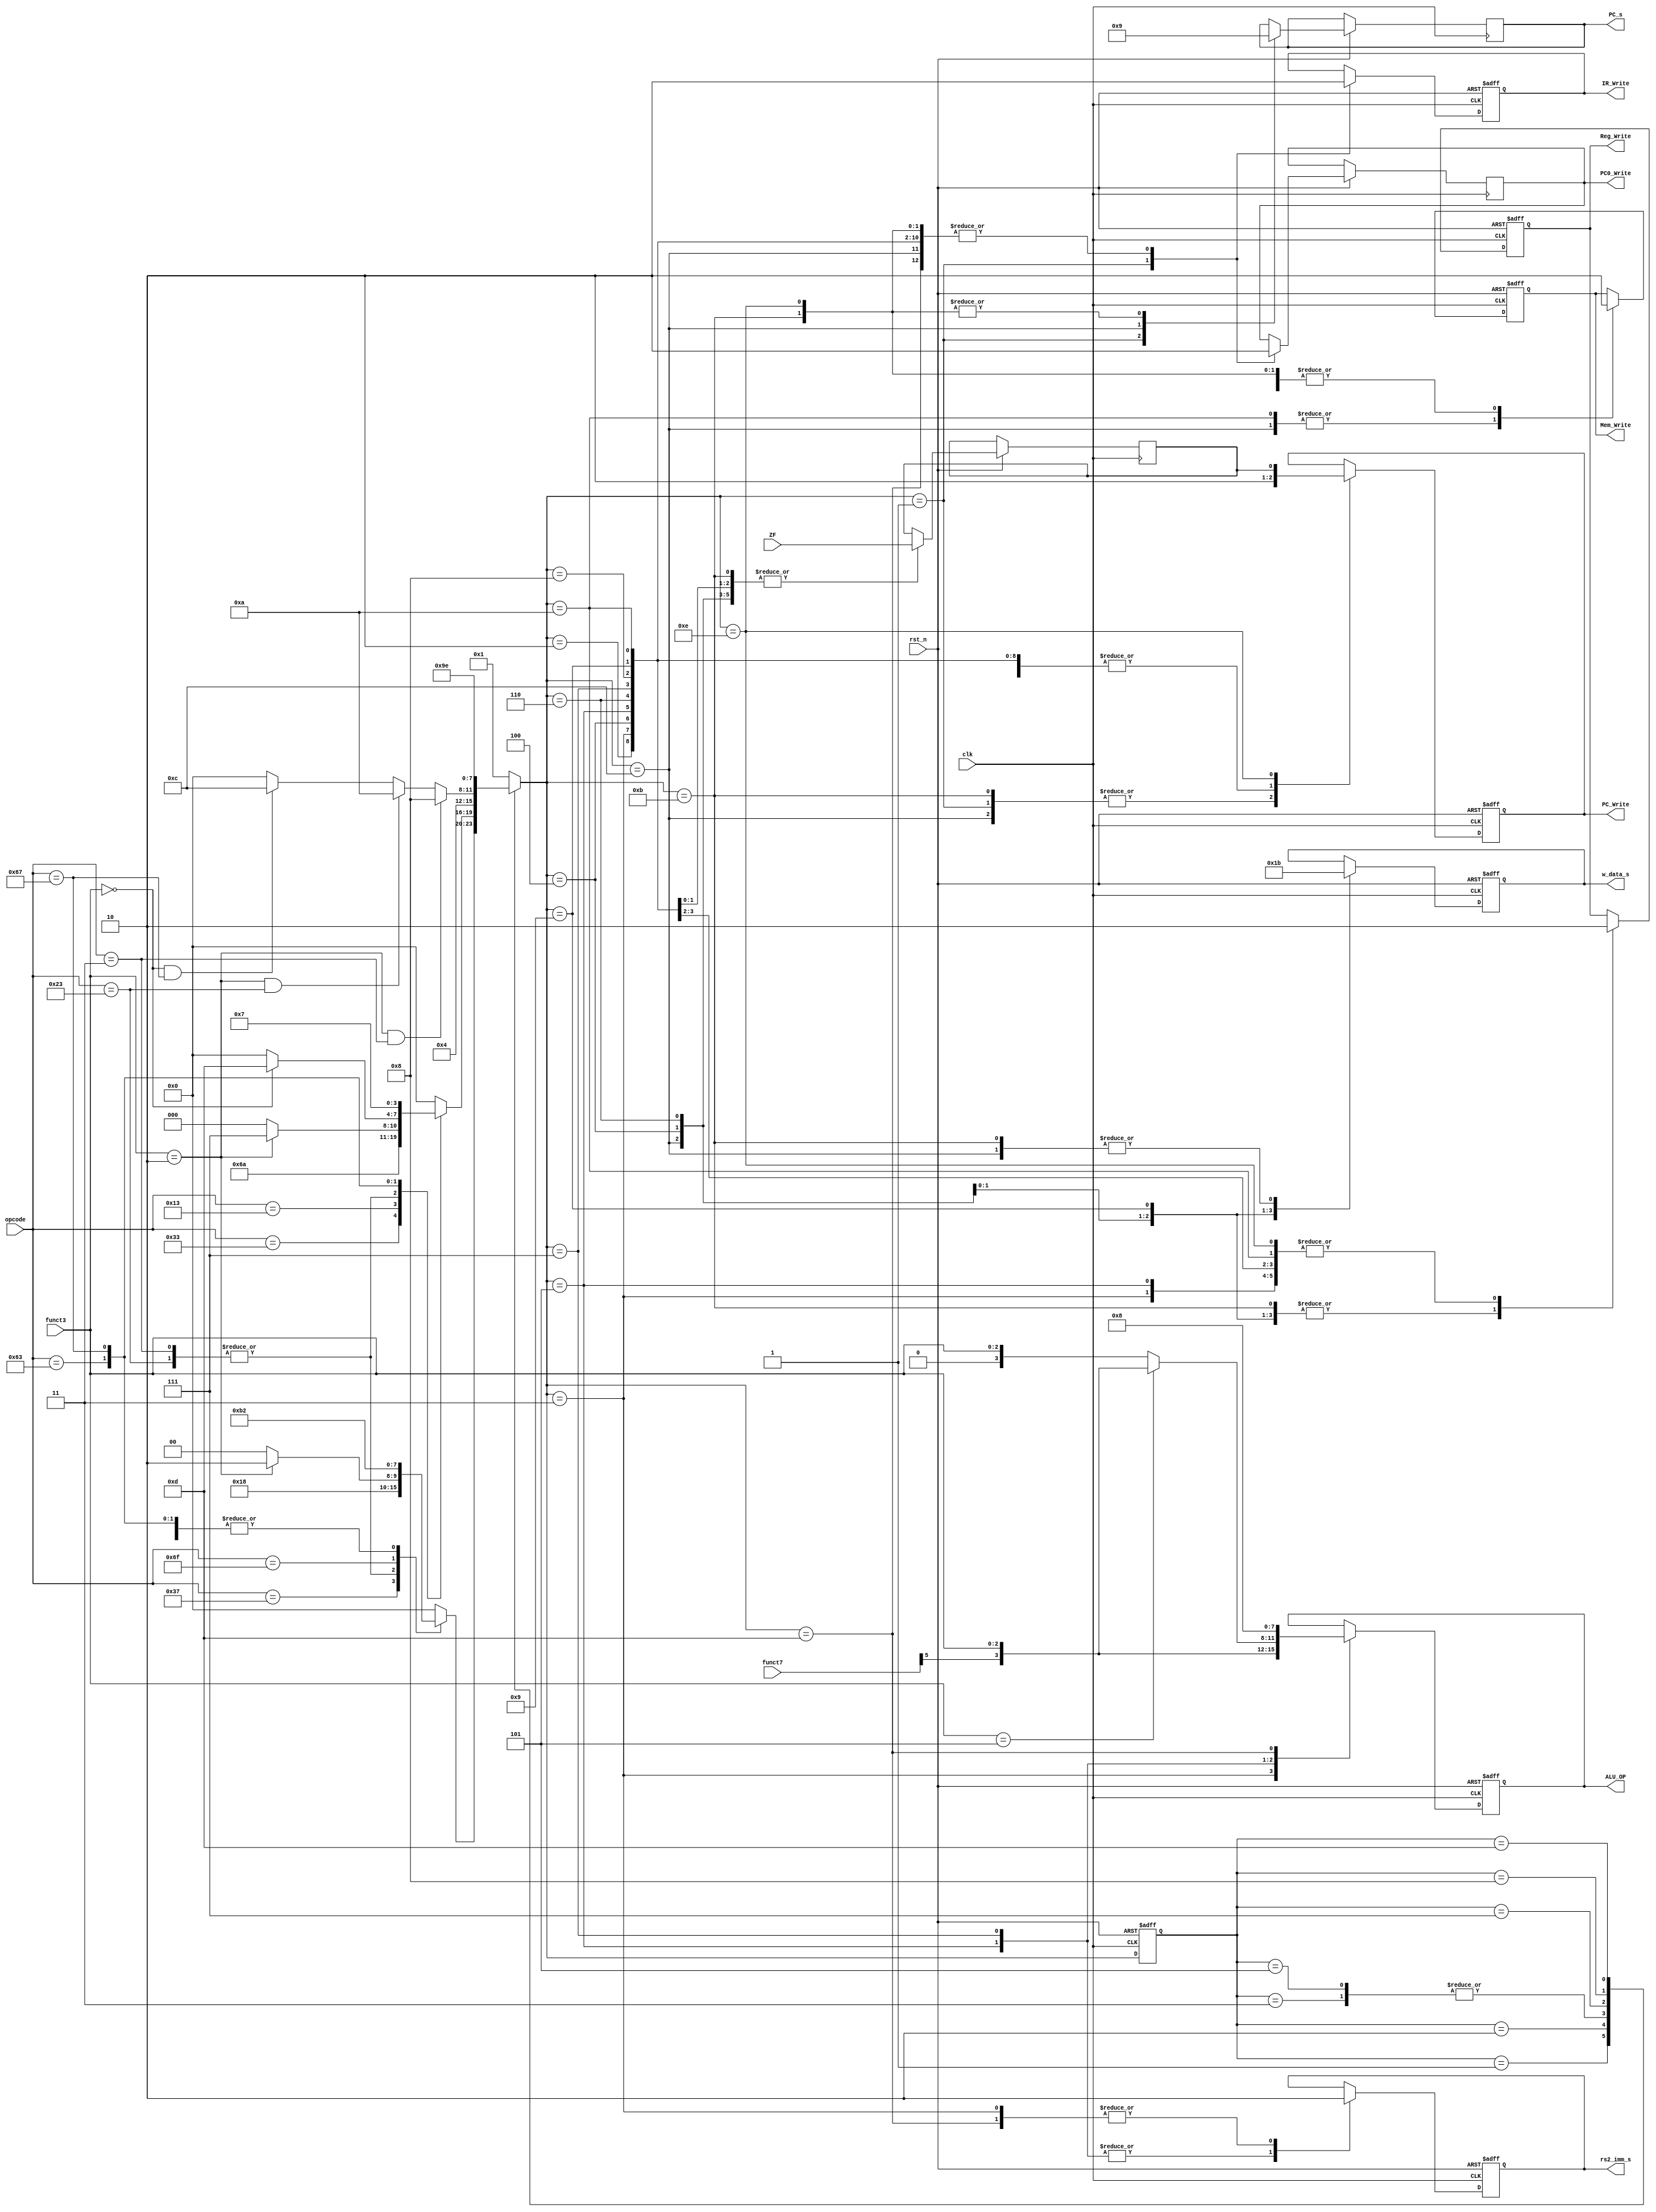
module CU(
    input [6:0] opcode,
    input [2:0] funct3,
    input [6:0] funct7,
    input rst_n,
    input clk,
    input ZF,
    output reg [3:0] ALU_OP,
    output reg rs2_imm_s,
    output reg [1:0] w_data_s,
    output reg Reg_Write,
    output reg IR_Write,
    output reg PC_Write,
    output reg PC0_Write,
    output reg [1:0] PC_s,
    output reg Mem_Write
);

reg [3:0] ST; // 

// 
parameter Idle = 4'b0000; // 
parameter S1 = 4'b0001;
parameter S2 = 4'b0010;
parameter S3 = 4'b0011;
parameter S4 = 4'b0100;
parameter S5 = 4'b0101;
parameter S6 = 4'b0110;
// 9
parameter S7 = 4'b0111;
parameter S8 = 4'b1000;
parameter S9 = 4'b1001;
parameter S10 = 4'b1010;
// 10
parameter S11 = 4'b1011;
parameter S12 = 4'b1100;
parameter S13 = 4'b1101;
parameter S14 = 4'b1110;

reg [3:0] Next_ST; //
reg _ZF;
initial begin
    ST <= Idle;
end


always @(negedge rst_n or posedge clk)
begin 
    if (!rst_n) begin
        ST <= Idle;
    end
    else begin
        ST <= Next_ST;
    end
end

always @(*)
begin
    Next_ST <= Idle;
    case (ST) 
        S1: begin
            case (opcode)
                7'b0010011: begin
                    Next_ST <= S2;
                end
                7'b0110011: begin
                    Next_ST <= S2;
                end
                7'b0110111: begin
                    Next_ST <= S6;
                end
                7'b0000011: begin
                    if (funct3==3'b010) begin  // lw
                        Next_ST <= S2;
                    end else begin  // other
                        Next_ST <= Idle;
                    end
                end
                7'b0100011: begin
                    if (funct3==3'b010) begin  // sw
                        Next_ST <= S2;
                    end else begin  // other
                        Next_ST <= Idle;
                    end
                end
                7'b1101111:begin
                    Next_ST <= S11;
                end
                7'b1100011:begin
                    Next_ST <= S2;
                end
                7'b1100111:begin
                    Next_ST <= S2;
                end
                default:
                    Next_ST <= Idle;
            endcase
        end
        S2: begin
            case (opcode)
                7'b0110011: begin
                    Next_ST <= S3;
                end
                7'b0010011: begin
                    Next_ST <= S5;
                end
                7'b0000011: begin
                    if (funct3==3'b010) begin  // lw
                        Next_ST <= S7;
                    end else begin  // other
                        Next_ST <= Idle;
                    end
                end
                7'b0100011: begin
                    if (funct3==3'b010) begin  // sw
                        Next_ST <= S7;
                    end else begin  // other
                        Next_ST <= Idle;
                    end
                end
                7'b1100011:begin
                    if (funct3==3'b000) begin  // beq
                        Next_ST <= S13;
                    end else begin  // other
                        Next_ST <= Idle;
                    end
                end
                7'b1100111:begin
                    Next_ST <= S7;
                end
                default:
                    Next_ST <= Idle;
            endcase
        end
        S3: begin
            Next_ST <= S4;
        end
        S4: begin
            Next_ST <=S1;
        end
        S5: begin
            Next_ST <=S4;
        end
        S6: begin
            Next_ST <=S1;
        end
        S7: begin
            if (funct3==3'b010 && opcode==7'b0000011) begin  // lw
                Next_ST <= S8;
            end else if ( funct3==3'b010 && opcode==7'b0100011 ) begin  // sw
                Next_ST <= S10;
            end else if (funct3==3'b000 && opcode==7'b1100111) begin  //jalr
                Next_ST <= S12;
            end else begin
                Next_ST <= Idle;
            end
        end
        S8: begin
            Next_ST <= S9;
        end
        S9: begin
            Next_ST <= S1;
        end
        S10: begin
            Next_ST <= S1;
        end
        S11: begin
            Next_ST <= S1;
        end
        S12: begin
            Next_ST <= S1;
        end
        S13: begin
            Next_ST <= S14;
        end
        S14: begin
            Next_ST <= S1;
        end
        default begin
            Next_ST <= S1;
        end
    endcase
end

always @(negedge rst_n or posedge clk)
begin
    if (!rst_n) begin
        PC_Write <= 1'b0;
        IR_Write <= 1'b0;
        Reg_Write <= 1'b0;
        w_data_s <= 2'b00;
        rs2_imm_s <= 1'b0;
        ALU_OP <= 4'b0;
        Mem_Write <= 1'b0;
    end else begin
        case (Next_ST)
            S1:begin
                PC_Write <= 1'b1;
                IR_Write <= 1'b1;
                Reg_Write <= 1'b0;
                Mem_Write <= 1'b0;
                PC0_Write <= 1'b1;
                PC_s <= 2'b00;
            end
            S2:begin
                PC_Write <= 1'b0;
                IR_Write <= 1'b0;
                Reg_Write <= 1'b0;
                Mem_Write <= 1'b0;
                PC0_Write <= 1'b0;
            end
            S3:begin
                PC_Write <= 1'b0;
                IR_Write <= 1'b0;
                Reg_Write <= 1'b0;
                rs2_imm_s <= 1'b0;
                ALU_OP <= {funct7[5], funct3};
                Mem_Write <= 1'b0;
                PC0_Write <= 1'b0;
            end
            S4:begin
				_ZF<=ZF;
                PC_Write <= 1'b0;
                IR_Write <= 1'b0;
                Reg_Write <= 1'b1;
                w_data_s <= 2'b00;
                Mem_Write <= 1'b0;
                PC0_Write <= 1'b0;
            end
            S5:begin
                PC_Write <= 1'b0;
                IR_Write <= 1'b0;
                Reg_Write <= 1'b0;
                rs2_imm_s <= 1'b1;
                Mem_Write <= 1'b0;
                PC0_Write <= 1'b0;
                if (funct3==3'b101) begin
                    ALU_OP <= {funct7[5],funct3};                    
                end
                else begin
                  ALU_OP<={1'b0,funct3};
                end
            end
            S6:begin
				_ZF<=ZF;
                PC_Write <= 1'b0;
                IR_Write <= 1'b0;
                Reg_Write <= 1'b1;
                w_data_s <= 2'b01;
                Mem_Write <= 1'b0;
                PC0_Write <= 1'b0;
            end
            S7:begin
                PC_Write <= 1'b0;
                IR_Write <= 1'b0;
                Reg_Write <= 1'b0;
                ALU_OP <= 4'b0000;
                Mem_Write <= 1'b0;
                PC0_Write <= 1'b0;
					 rs2_imm_s <= 1'b1;
            end
            S8:begin
                PC_Write <= 1'b0;
                IR_Write <= 1'b0;
                Reg_Write <= 1'b0;
                Mem_Write <= 1'b0;
                PC0_Write <= 1'b0;
            end
            S9:begin
				_ZF<=ZF;
                PC_Write <= 1'b0;
                IR_Write <= 1'b0;
                Reg_Write <= 1'b1;
                Mem_Write <= 1'b0;
                w_data_s <= 2'b10;
                PC0_Write <= 1'b0;
            end
            S10:begin
				_ZF<=ZF;
                PC_Write <= 1'b0;
                IR_Write <= 1'b0;
                Reg_Write <= 1'b0;
                Mem_Write <= 1'b1;
                PC0_Write <= 1'b0;
            end
            S11:begin
				_ZF<=ZF;
                PC_Write <= 1'b1;
                IR_Write <= 1'b0;
                Reg_Write <= 1'b1;
                Mem_Write <= 1'b0;
                PC0_Write <= 1'b0;
                w_data_s <= 2'b11;
                PC_s <= 2'b01;
            end
            S12:begin
				_ZF<=ZF;
                PC_Write <= 1'b1;
                IR_Write <= 1'b0;
                Reg_Write <= 1'b1;
                Mem_Write <= 1'b1;
                PC0_Write <= 1'b0;
                w_data_s <= 2'b11;
                PC_s <= 2'b10;
            end
            S13:begin
                PC_Write <= 1'b0;
                IR_Write <= 1'b0;
                Reg_Write <= 1'b0;
                Mem_Write <= 1'b0;
                PC0_Write <= 1'b0;
                ALU_OP <= 4'b1000;
                rs2_imm_s <= 1'b0;
            end
            S14:begin
                PC_Write <= _ZF;
                IR_Write <= 1'b0;
                Reg_Write <= 1'b0;
                Mem_Write <= 1'b0;
                PC0_Write <= 1'b0;
                PC_s <= 2'b01;
            end
        endcase
    end
end
endmodule